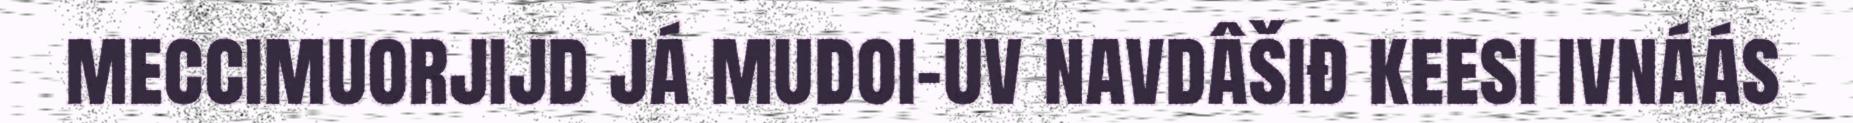
meccimuorjijd já mudoi-uv navdâšiđ keesi ivnáás